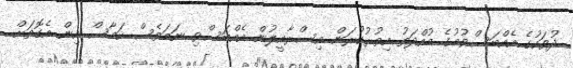
ދުވަހުގެ އެއްބަސްވުމުގެ މުއްދަތު އިތުރުކުރަން އިސްރާއީލުން އެއްބަސްވި ނަމަވެސް ހަމާސް އިން އެގޮތަށް